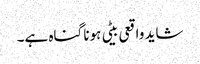
شاید واقعی بیٹی ہونا گناہ ہے۔